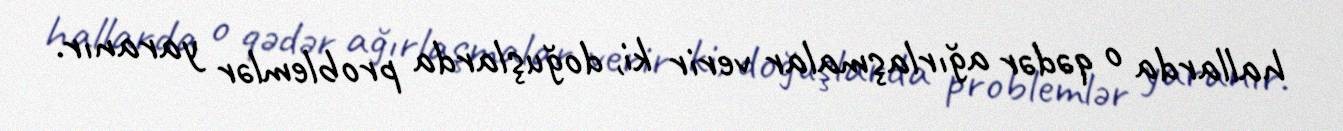
hallarda o qədər ağırlaşmalar verir ki, doğuşlarda problemlər yaranır.